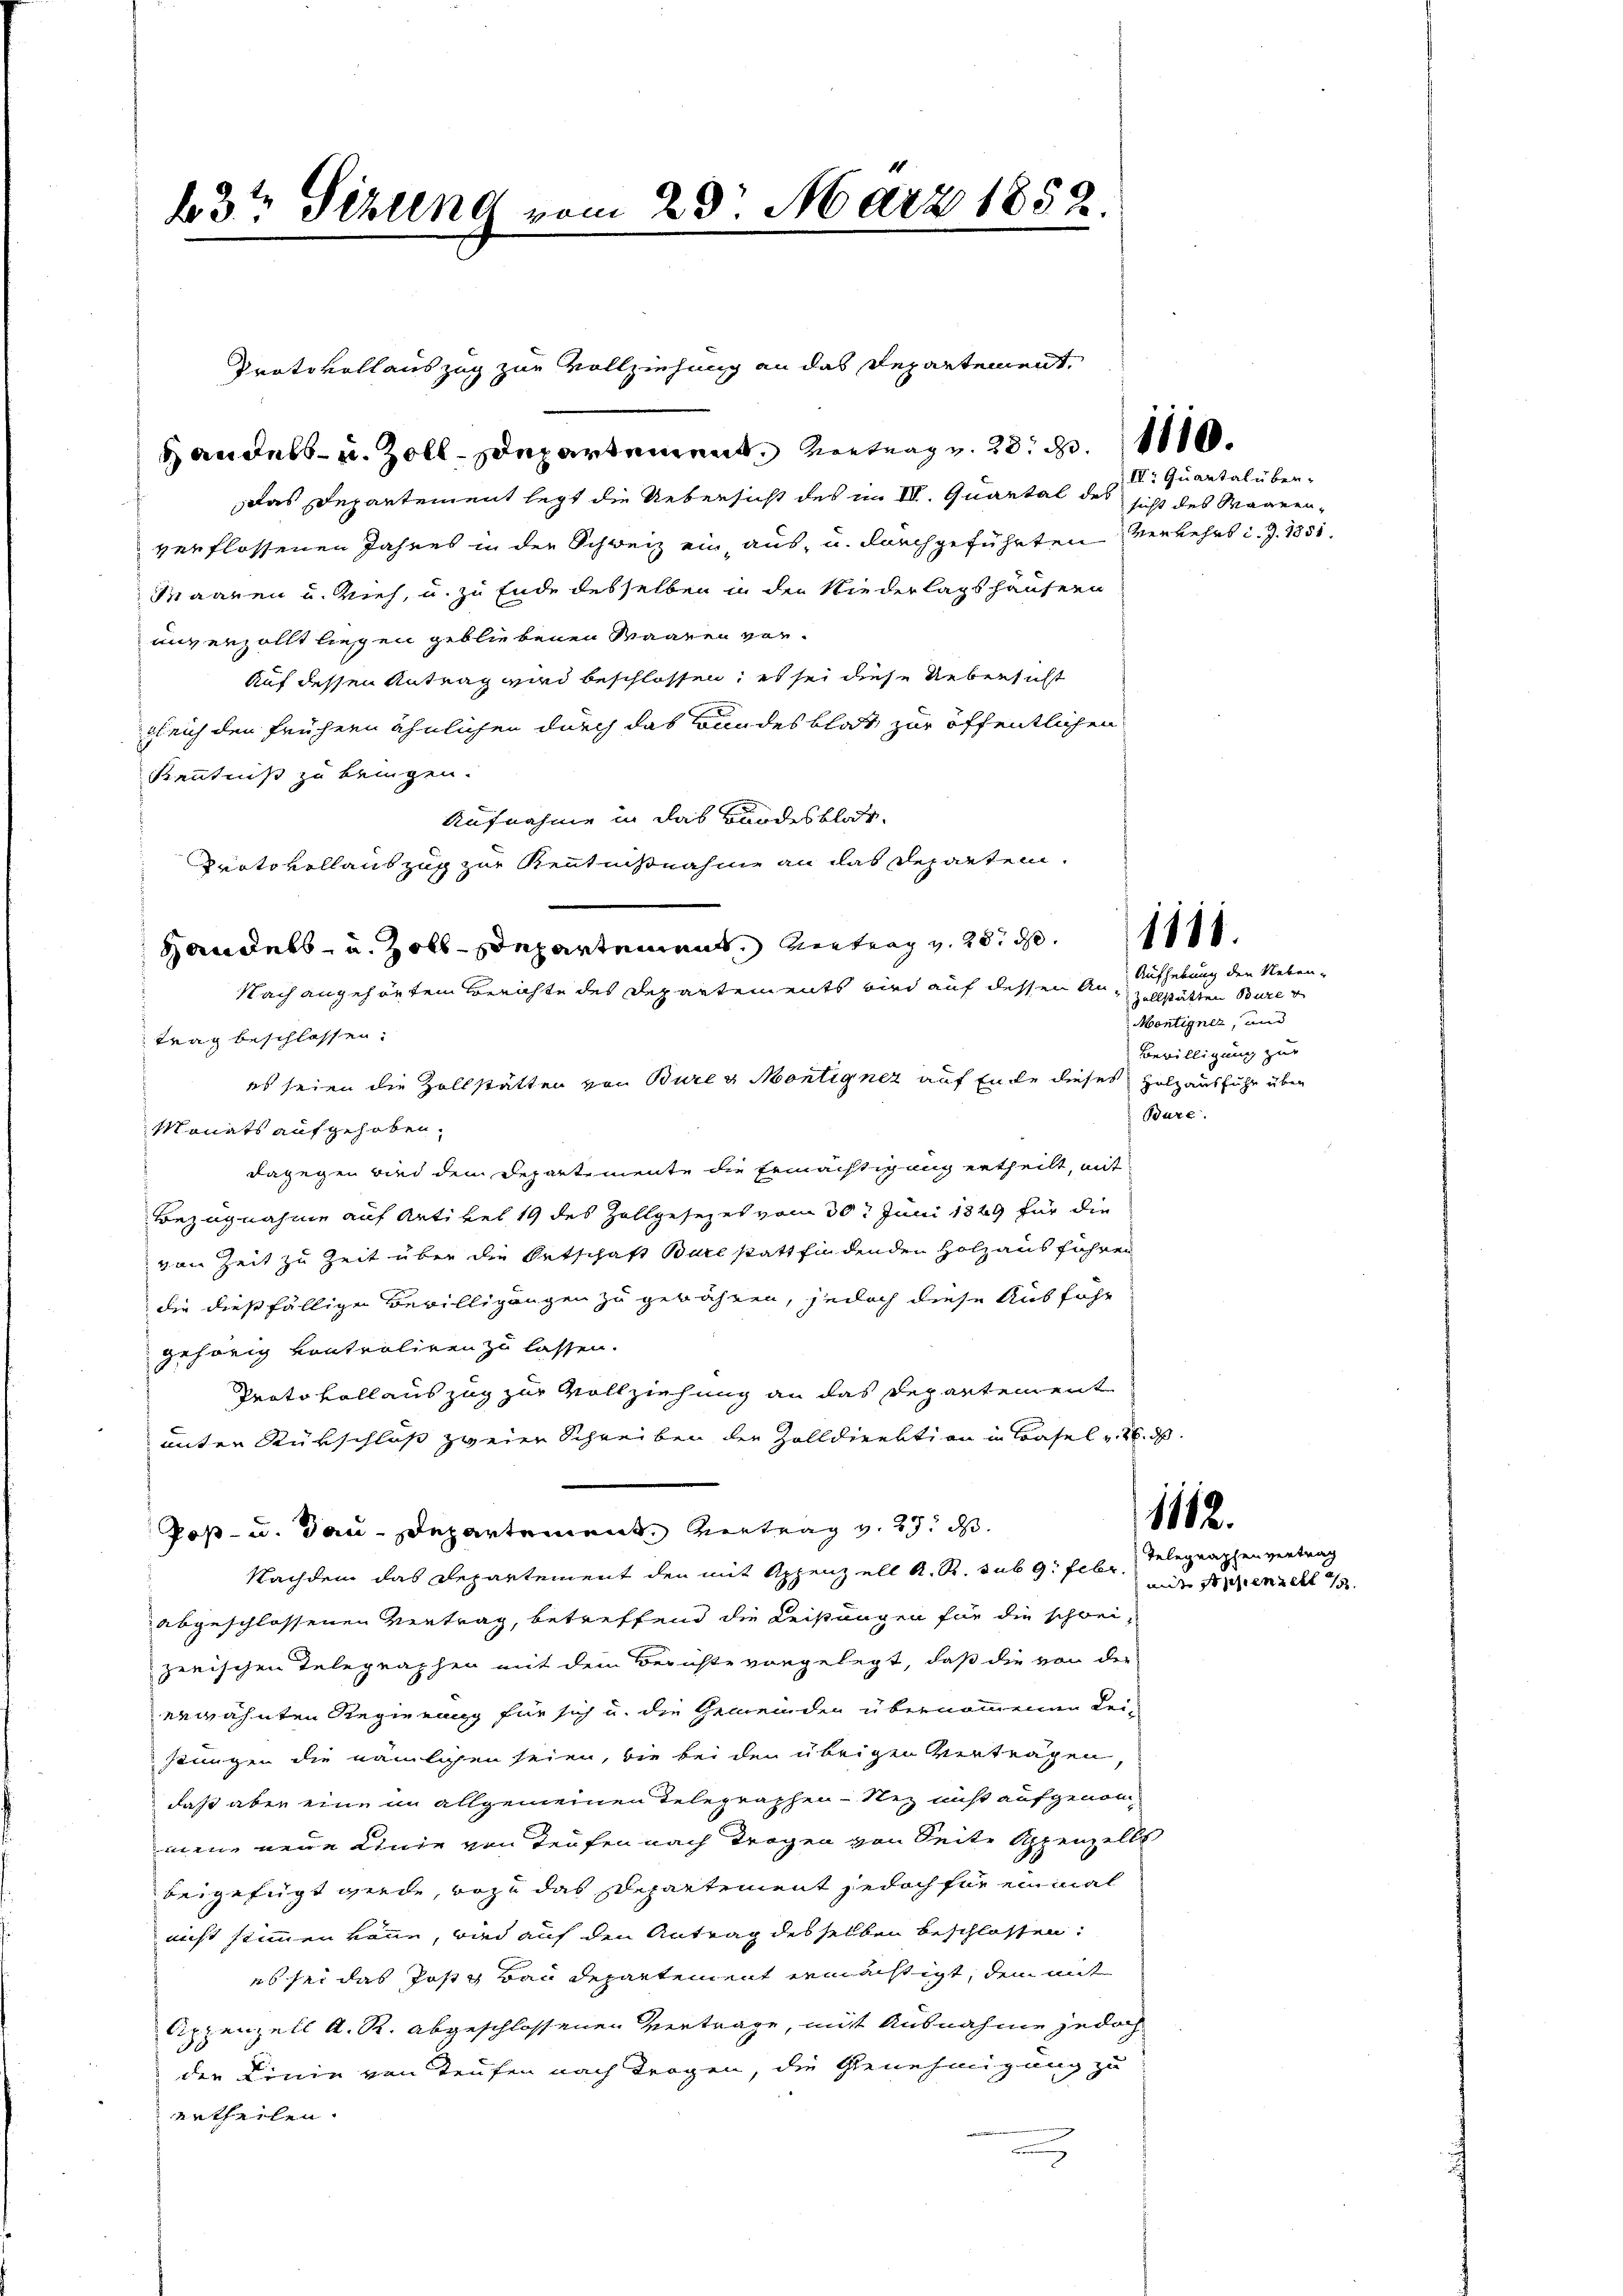
23t Sizung vom 23. März 1852.

Handels- u. Zoll. Departement Vertrag v. 28. 311.
Das Departement legt die Uebersicht des im III. Quartal des sicht des Waarenverflossenen Jahres in der Schweiz ein, aus, u. durchgeführten Verkehrs d. J. 1851.
Maanen u. Vieh, u. zu Ende desselben in den Niederlagshäusern
unverzollt liegen gebliebenen Waaren vor¬
Auf dessen Antrag wird beschlossen; es sei diese Uebersicht
gleich den frühern ähnlichen durch das Bundesblat zur öffentlichen
Kenntniß zu bringen.
Aufnahme in das Bundesblat
Protokollauszug zur Kenntnißnahme an das Departen.
Handels- u. Zolldepartement, eintrag v. 28. d.
Nach angehörten Berichte des Departements wird auf dessen An
trag beschlossen.
es seien die Zollstätten von Buren Montigner auf Ente dieses Holzausfuhr über
Monats aufgehoben.
dagegen wird dem Departemente die Ermächtigung ertheilt, mit
Bezugnahme auf Artikel 19 des Zollgesezes vom 30. Juni 1849 für die
von Zeit zu Zeit über die Ortschaft Bare statt findenden Holz aus führen
die dießfälliger Bewilligungen zu gewähren, jedoch diese Ausführ
gehörig vontroliren zu lassen.
Prato voll auszug zur Vollziehung an das Departement
unter Rückschluß zweier Schreiben der Zolldirektion in Basel v. 26. ds.
1112.
Post- u. Bau-Departement Vertrag v. 29. d.
Nachdem das Departement den mit Appenzell A. R. sub 9. Febr. Telegraphenvertrag
abgeschlossenen Vertrag, betreffend die Leistungen für die schweizerischen Telegraphen mit dem Berichte vorgelegt, daß die von der
erwähnten Regierung für sich u. die Gemeinden übernommenen Lei-
stungen die nämlichen seien, die bei den übrigen Vertragen,
daß aber eine in allgemeinen Telegraphen-Stez nicht aufgenommene neue Linie von Teufen nach Tragen von Seite Appenzells
beigefügt werde, wozu das Departement jedoch für einmal
nicht stimmen könne, und auf den Antrag desselben beschlossen:
es sei das Posts Bau departement ermächtigt, dem mit
Appenzell A. R. abgeschlossenen Vertrage, mit Ausnahme jedoch
den Linie von Teufen nach Tragen, die Genehmigung zu
ertheilen.

Protokoll auszug zur Vollziehung an das Departement,

IVr Quartal über-

1111.

Aufhebung den Neben¬
Zellstätten Bure
Montigner, und
Bewilligung zur
Burc

mit Appenzelt